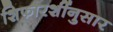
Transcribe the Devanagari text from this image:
शिफारशींनुसार